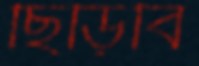
ছিঁড়িবি